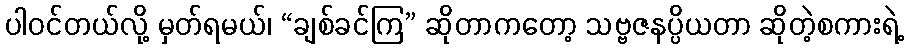
ပါဝင်တယ်လို့ မှတ်ရမယ်၊ “ချစ်ခင်ကြ” ဆိုတာကတော့ သဗ္ဗဇနပ္ပိယတာ ဆိုတဲ့စကားရဲ့